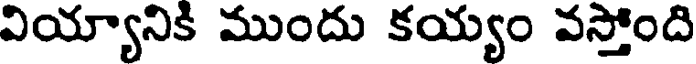
వియ్యానికి ముందు కయ్యం వస్తోంది